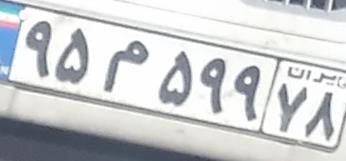
۹۵م۵۹۹۷۸